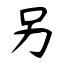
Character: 另